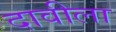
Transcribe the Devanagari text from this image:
दावीला